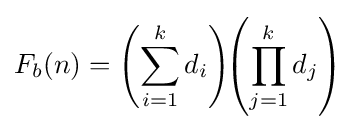
F_{b}(n)=\left(\sum _{i=1}^{k}d_{i}\right)\!\!\left(\prod _{j=1}^{k}d_{j}\right)